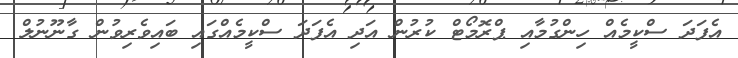
އެފަދަ ސްކީމެއް ހިންގުމާއި ޕްރޮމޯޓް ކުރުން އަދި އެފަދަ ސްކީމެއްގައި ބައިވެރިވުން ގާނޫނުލް